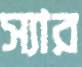
স্যার